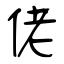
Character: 佬